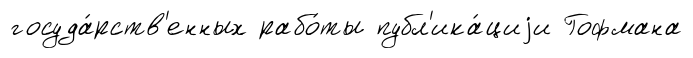
госуда́рств'енных рабо́ты публ'ика́циjи Гофмана